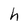
Character: h